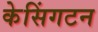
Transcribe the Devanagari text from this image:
केसिंगटन